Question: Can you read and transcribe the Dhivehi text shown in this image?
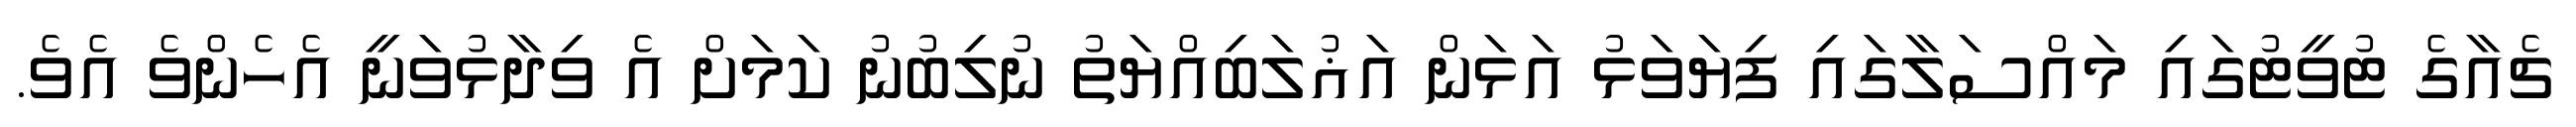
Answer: ޗެއާގެ ޓުވީޓުގައި މައްސަލާގައި ފިޔަވަޅު އަޅަން އަޣުލަބިއްޔަތު ނުލިބުނު ކަމަށް އެ ވިދާޅުވަނީ އެހެންވެ އެވެ.